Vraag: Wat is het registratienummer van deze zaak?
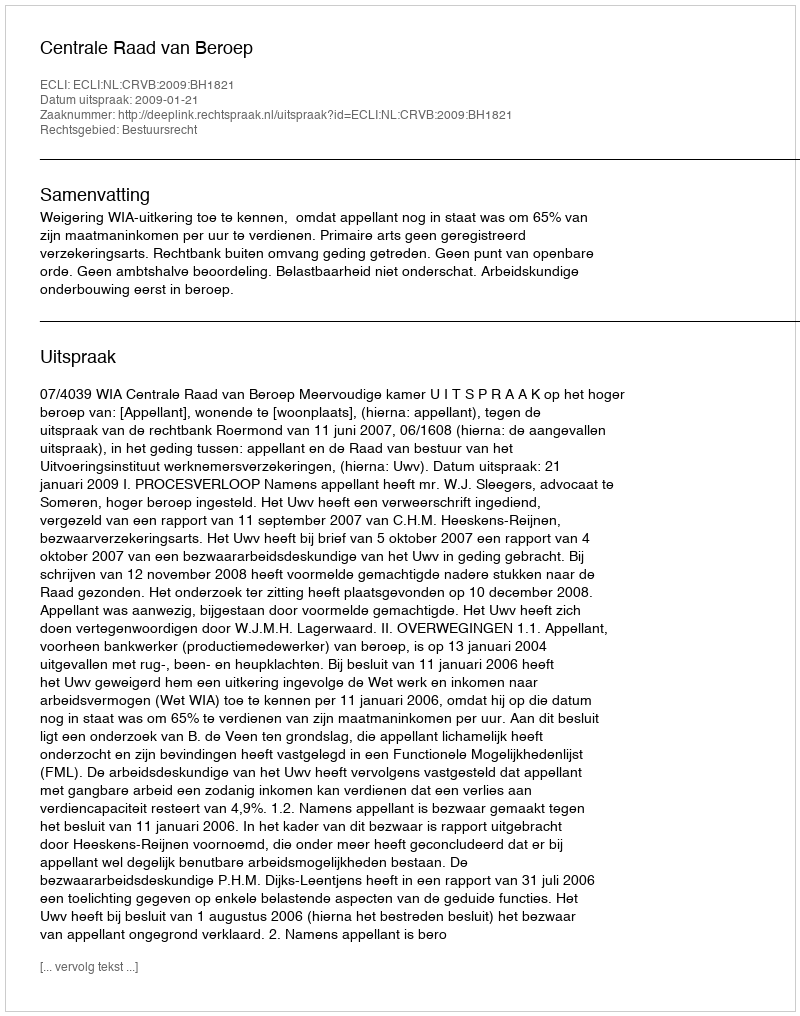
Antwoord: http://deeplink.rechtspraak.nl/uitspraak?id=ECLI:NL:CRVB:2009:BH1821